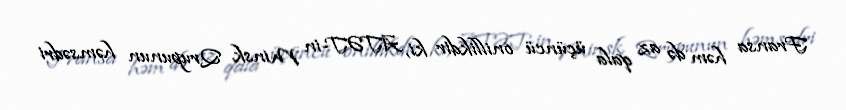
Fransa həm də az qala üçüncü onillikdir ki, ATƏT-in Minsk Qrupunun həmsədri